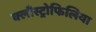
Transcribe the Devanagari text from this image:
क्लौस्ट्रोफिलिया